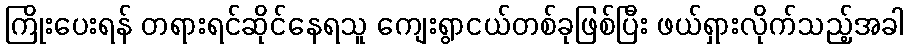
ကြိုးပေးရန် တရားရင်ဆိုင်နေရသူ ကျေးရွာငယ်တစ်ခုဖြစ်ပြီး ဖယ်ရှားလိုက်သည့်အခါ